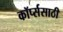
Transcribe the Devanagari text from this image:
कॉर्प्ससाठी